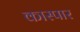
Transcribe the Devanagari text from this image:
कास्पार